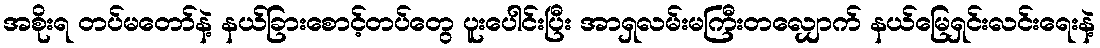
အစိုးရ တပ်မတော်နဲ့ နယ်ခြားစောင့်တပ်တွေ ပူးပေါင်းပြီး အာရှလမ်းမကြီးတလျှောက် နယ်မြေရှင်းလင်းရေးနဲ့